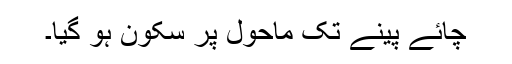
چائے پینے تک ماحول پر سکون ہو گیا۔